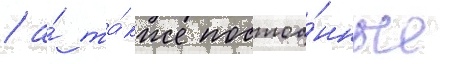
/ а́ та́кже постоа́нные